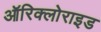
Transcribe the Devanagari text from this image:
ऑरिक्लोराइड